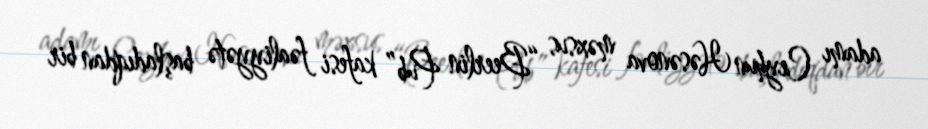
adamı Ceyhun Həsənova məxsus “Beerlin Pub” kafesi fəaliyyətə başladıqdan bir